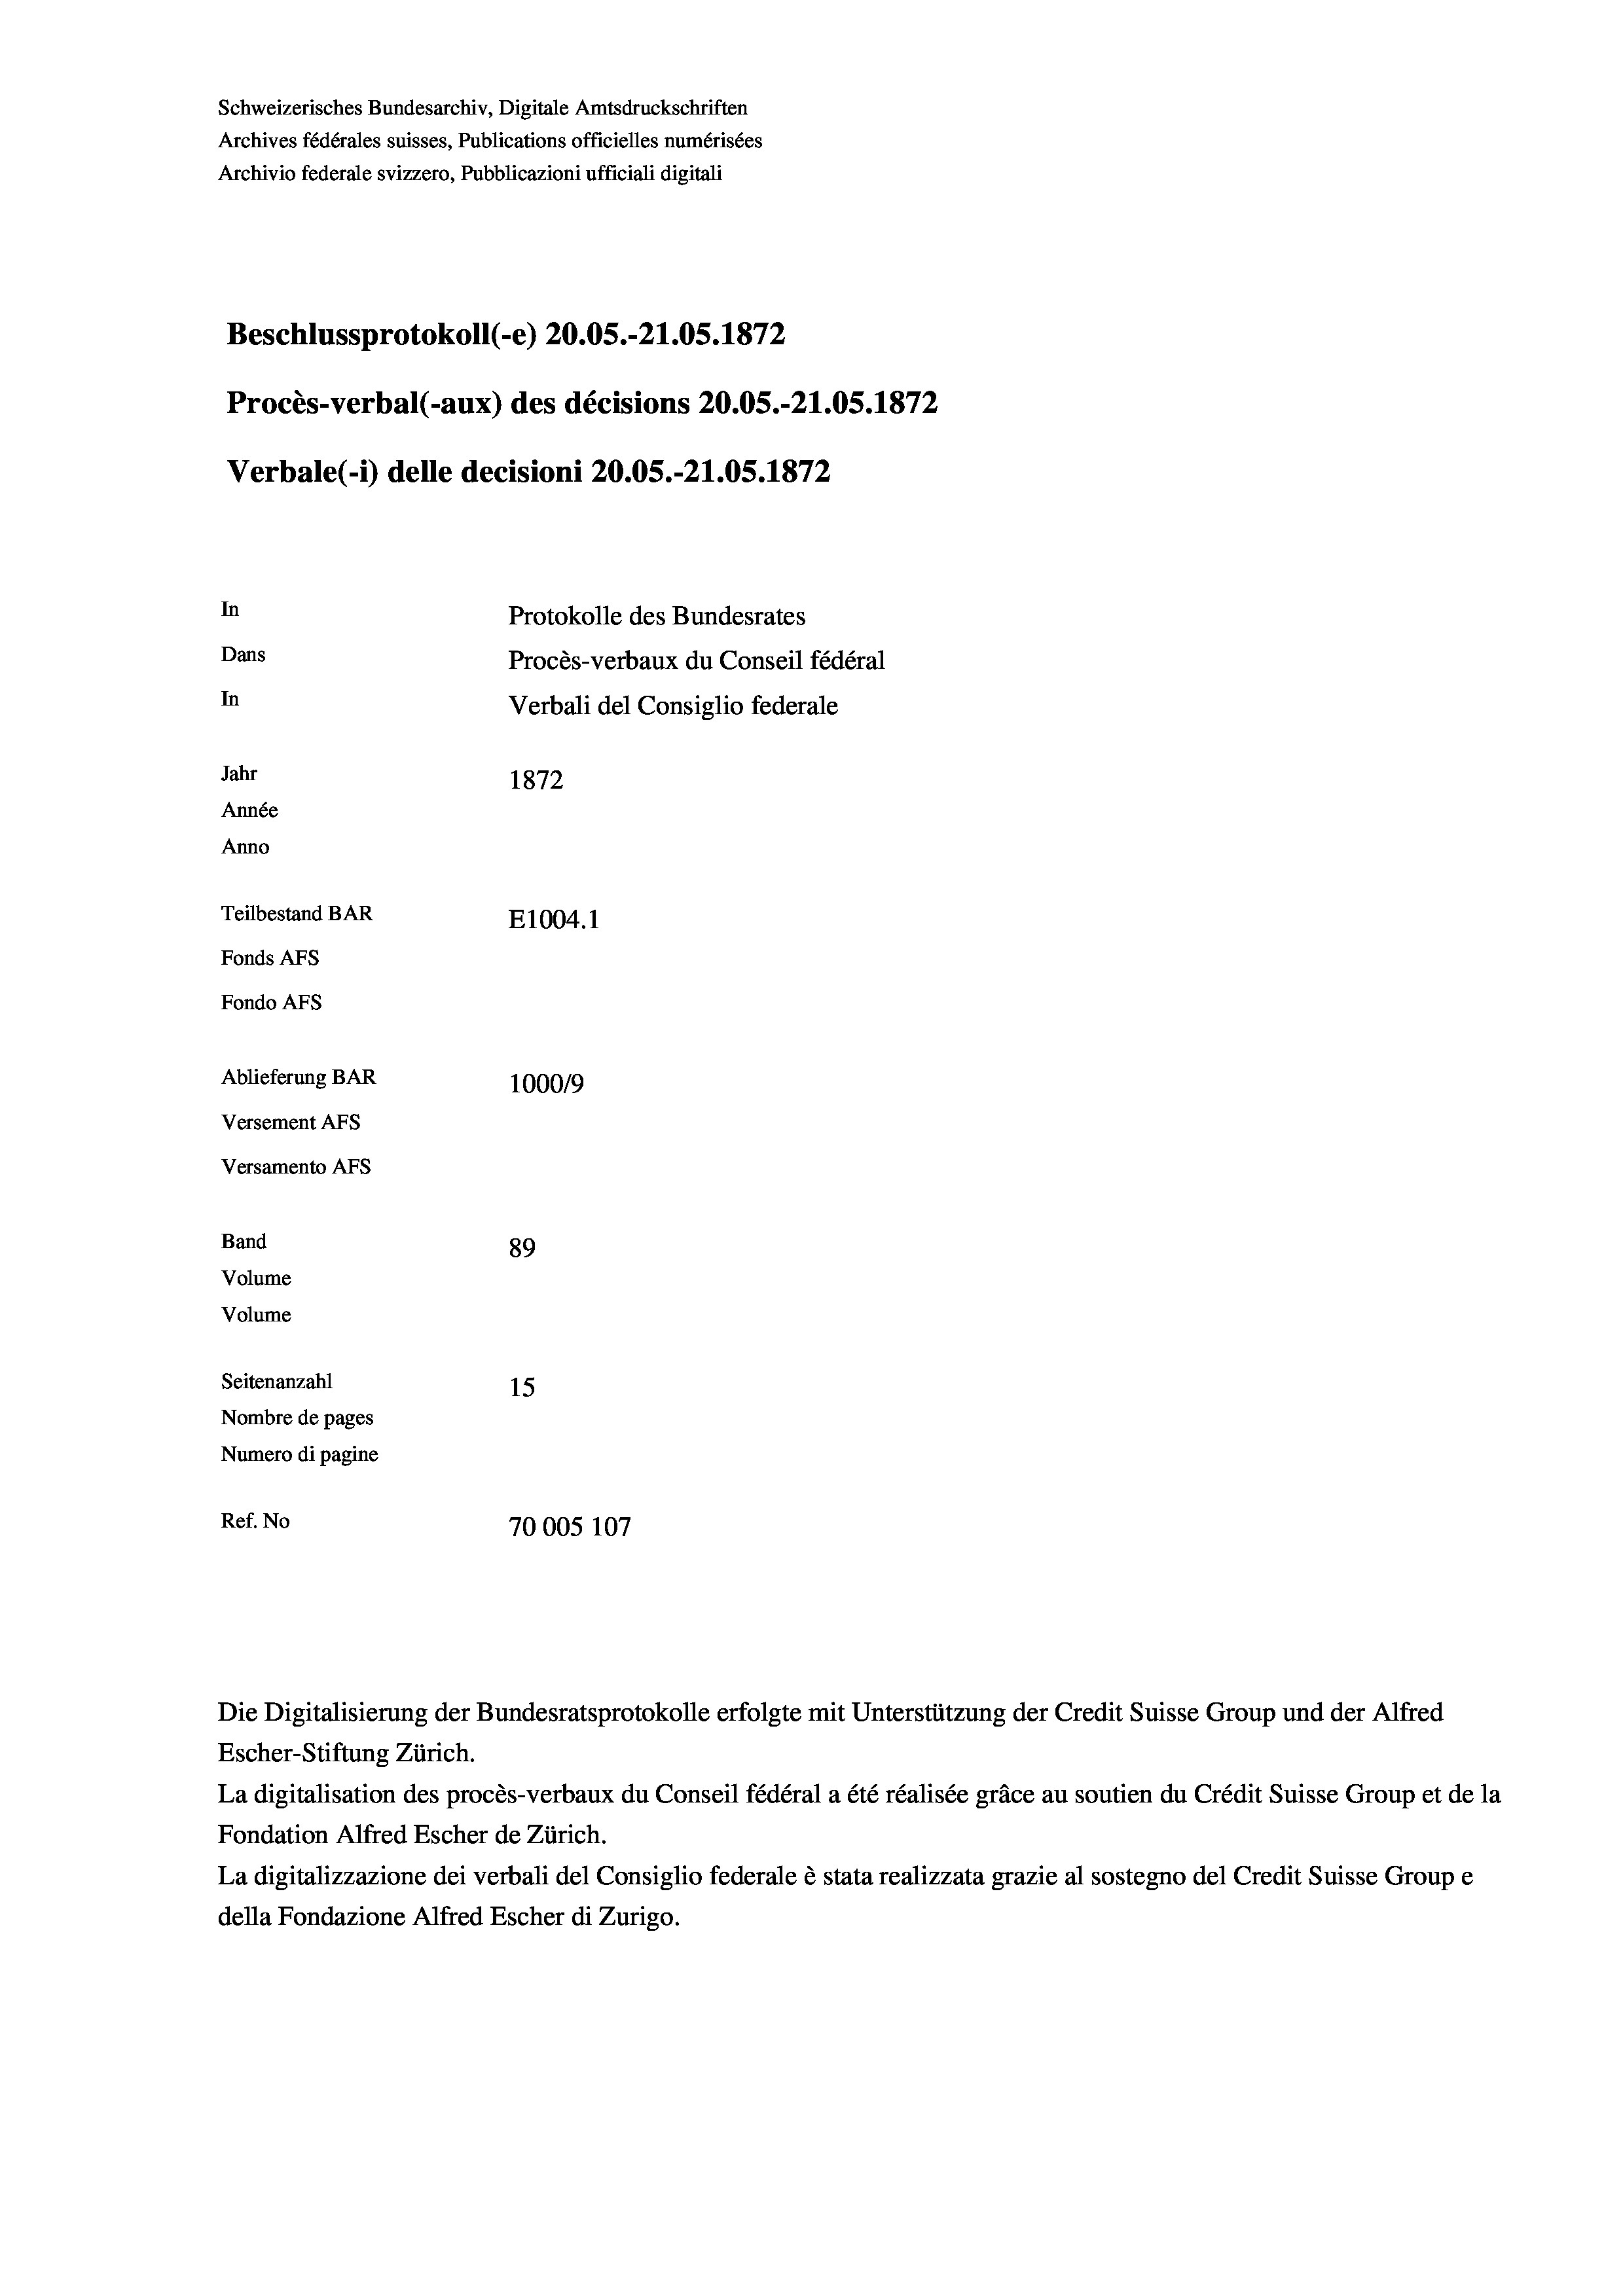
Schweizerisches Bundesarchiv, Digitale Amtsdruckschriften
Archives fédérales suisses, Publications officielles numérisées
Archivio federale svizzero, Pubblicazioni ufficiali digitali
Beschlussprotokoll (-e) 20.05.-21.05. 1872
Procès-verbal (-aux) des décisions 20.05.-21.05. 1872
In
Protokolle des Bundesrates
Dans
Procès-verbaux du Conseil fédéral
In
Verbali del Consiglio federale
Jahr
1872
Année
Anno
Teilbestand BAR
E1004. 1
Fonds AFs
Fondo Afs
Ablieferung BAR
100019
Versement Ans

Versamento Afs
Band

89
Volume
Volume
Seitenanzahl
15
Nombre de pages
Numero di pagine
Ref. No
70005107

Verbale (1) delle decisioni 20.05.-21.05. 1872

Die Digitalisierung der Bundesratsprotokolle erfolgte mit Unterstützung der Credit Suisse Group und der Alfred
Escher-Stiftung Zürich.
La digitalisation des procès-verbaux du Conseil fédéral a été réalisée gräce au soutien du Crédit Suisse Group et de la
Fondation Alfred Escher de Zürich.
La digitalizzazione dei verbali del Consiglio federale è stata realizzata grazie al sostegno del Credit Suisse Groupe
della Fondazione Alfred Escher di Zurigo.